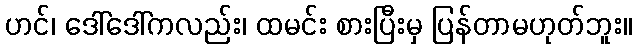
ဟင်၊ ဒေါ်ဒေါ်ကလည်း၊ ထမင်း စားပြီးမှ ပြန်တာမဟုတ်ဘူး။